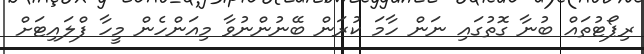
ރިޕޯޓުތައް ބުނާ ގޮތުގައި ނަން ހާމަ ކުރަން ބޭނުންނުވާ މިއަންހެން މީހާ ފްލައިޓަށް